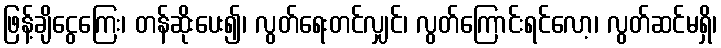
ဖြန့်ချိငွေကြေး၊ တန်ဆိုးပေး၍၊ လွတ်ရေးတင်လျှင်၊ လွတ်ကြောင်းရင်လော့၊ လွတ်ဆင်မရှိ၊